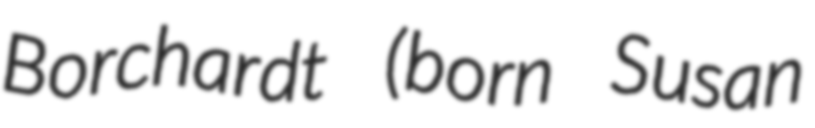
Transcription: Borchardt (born Susan